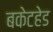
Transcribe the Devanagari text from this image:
बकेटहेड